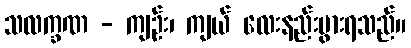
သလက္ခဏ - ကျဉ်း၊ ကျယ် လေးနည်းပွားရသည်။